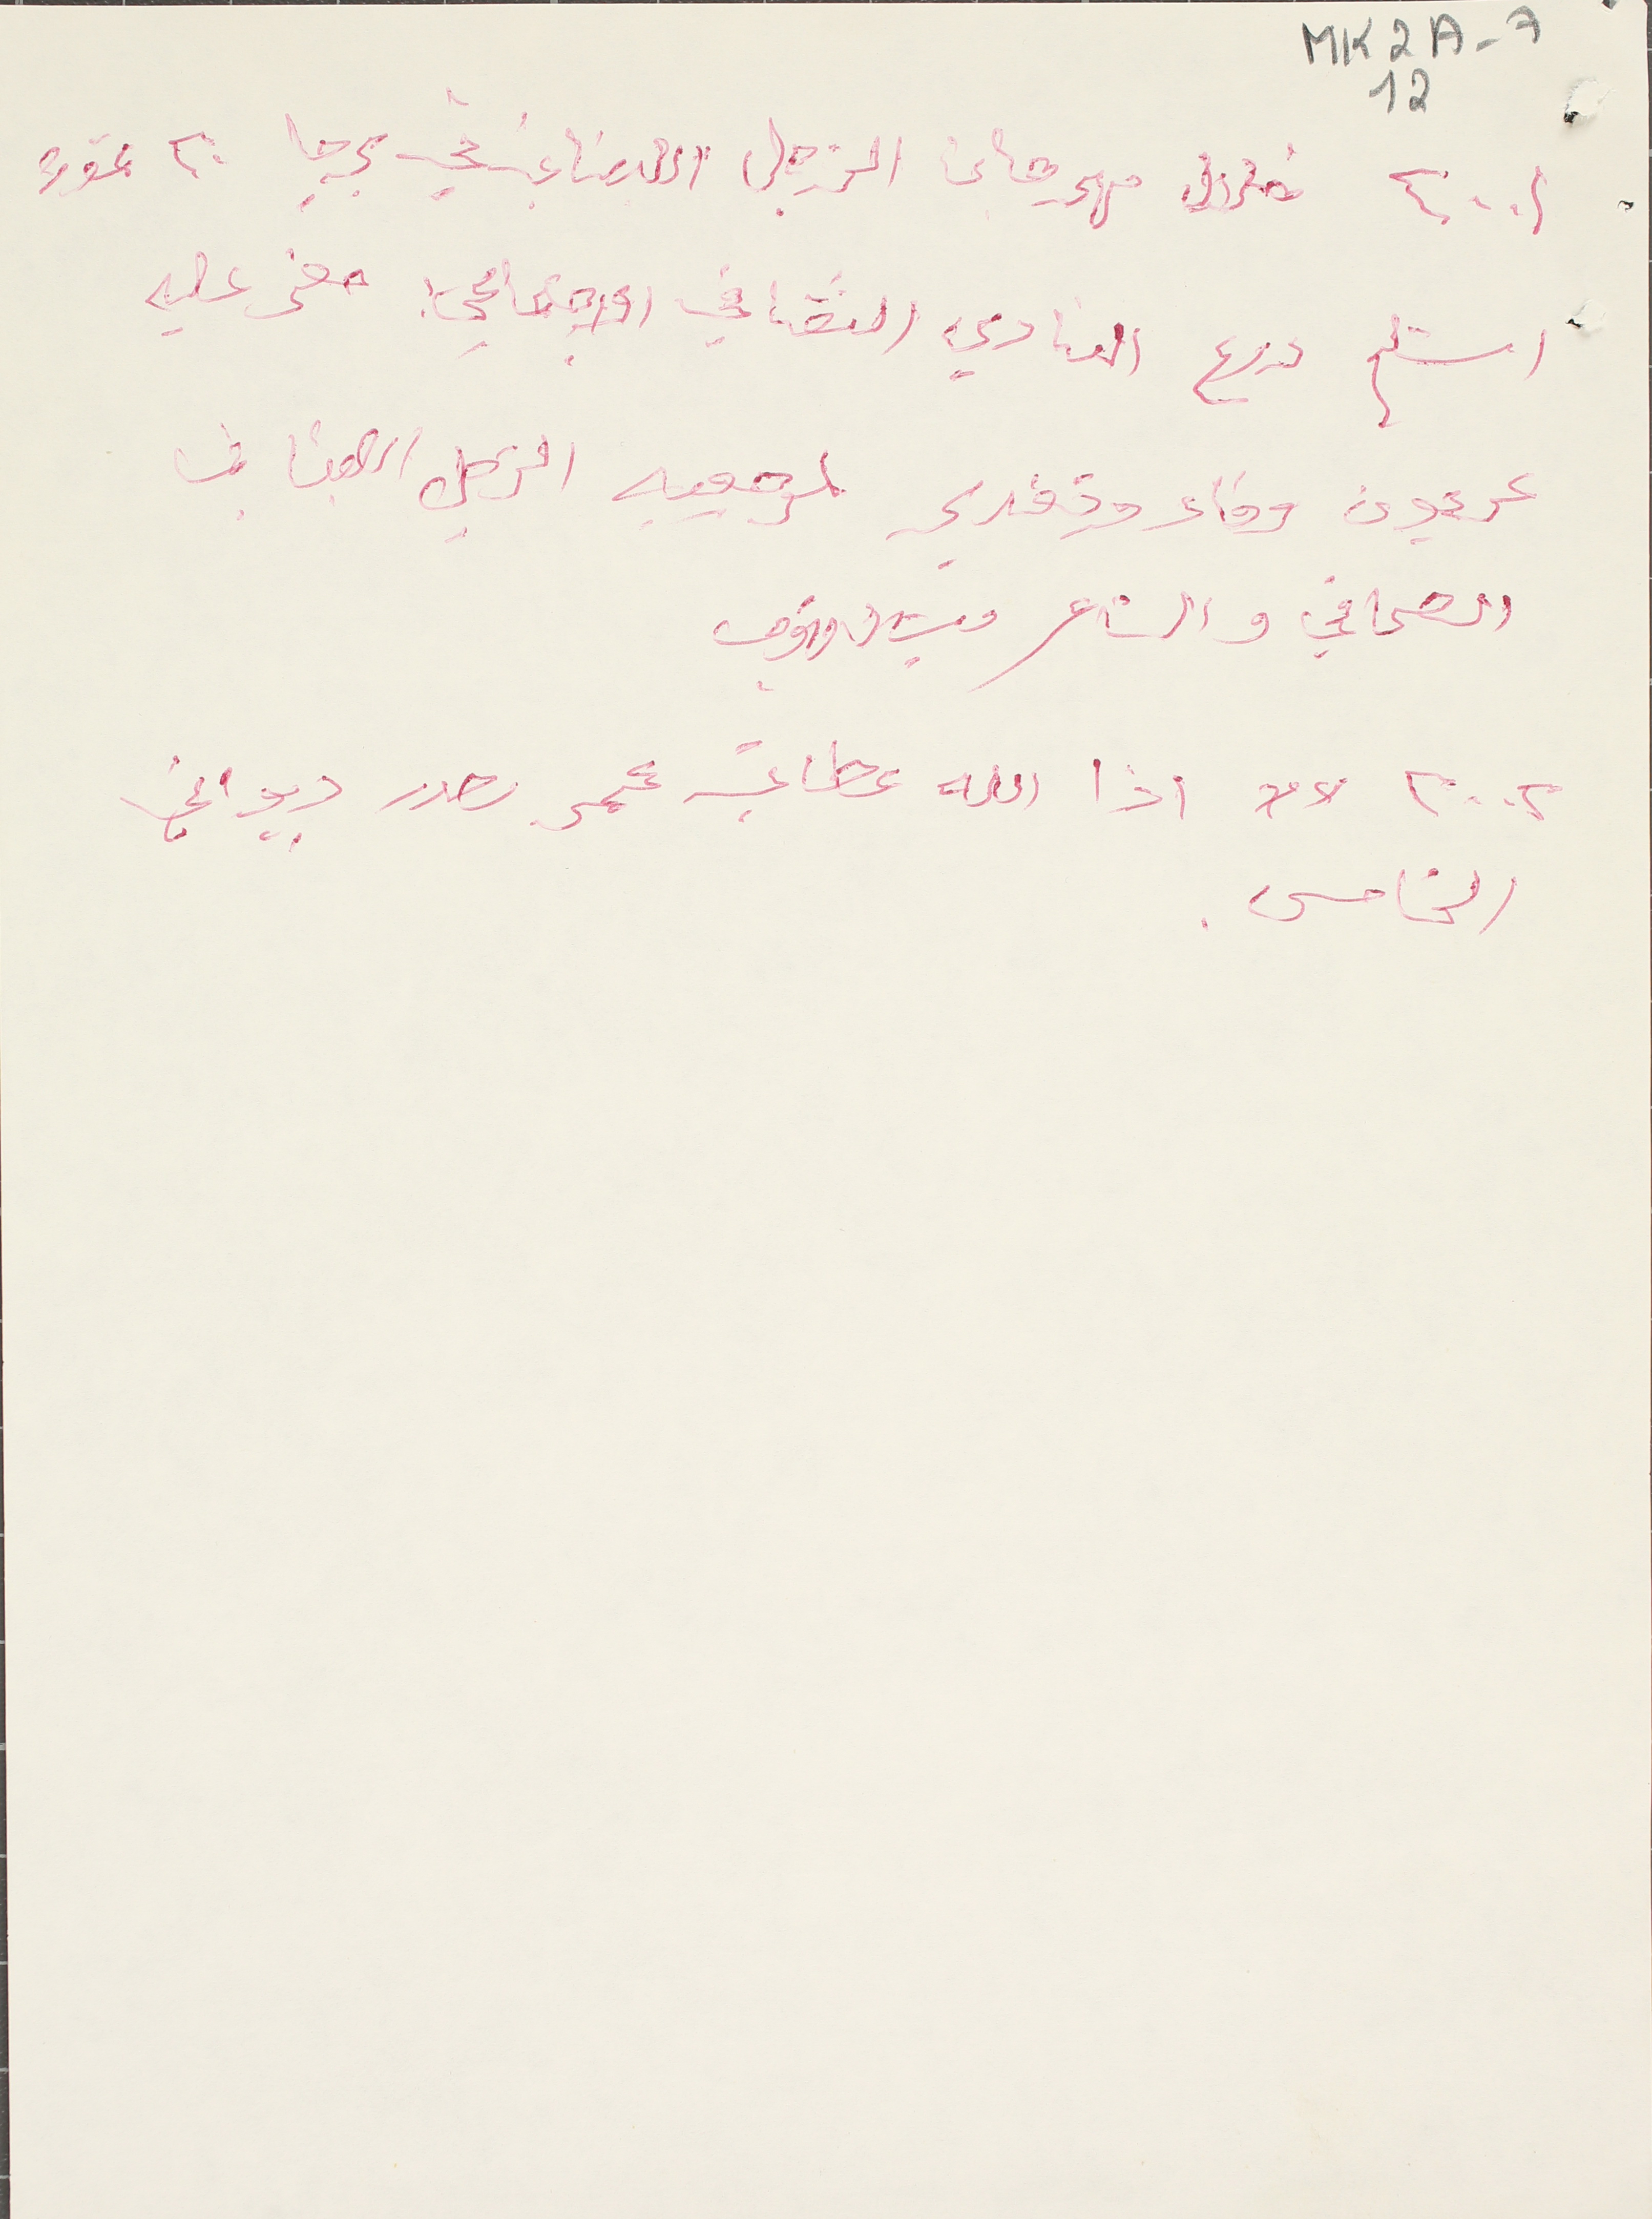
MK2A-7 12
٢٠٠١ خلال مهرجان الزجل اللبناني في برجا ٢٠ تموز
استلم درع النادي الثقافي الاجتماعي حفر عليه
عربون وفاء وتقدير لمرجعيه الزجل اللبناني
الصحافي والشاعر ميشال قهوجى
٢٠٠٢ اذا الله عطاني عمر يصدر ديواني
الخامس.